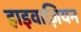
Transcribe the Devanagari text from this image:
हाइवाज़ियन